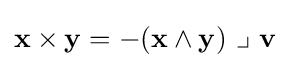
\mathbf {x} \times \mathbf {y} =-(\mathbf {x} \wedge \mathbf {y} )~\lrcorner ~\mathbf {v}